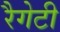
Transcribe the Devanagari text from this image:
रैगेटी